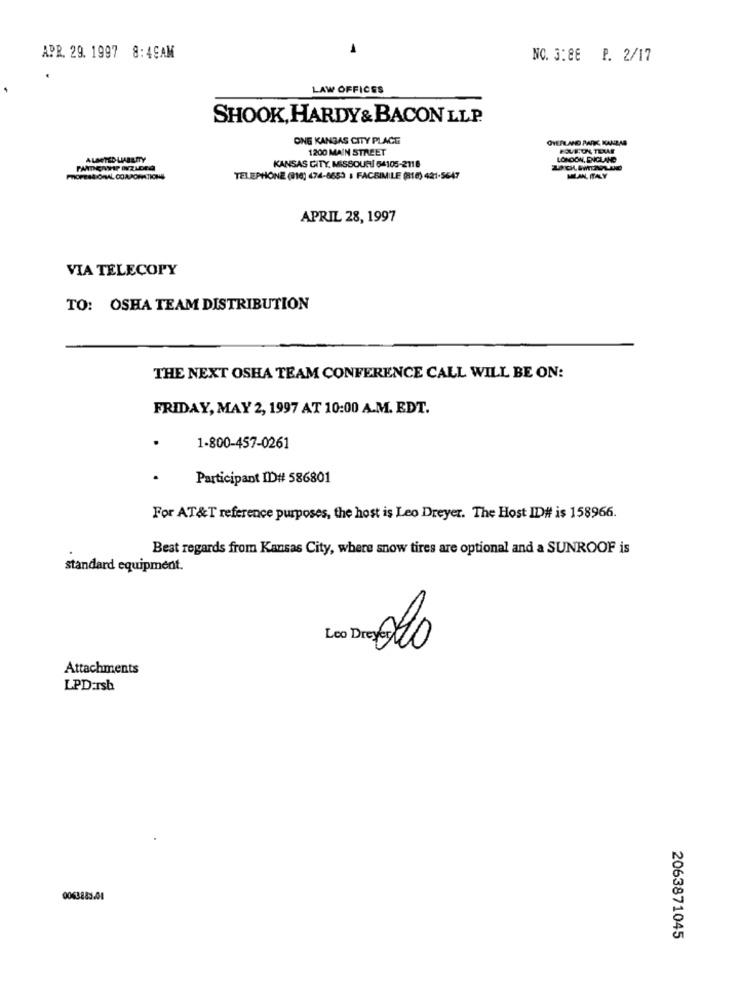
APR. 29. 1997 8:49AM
NO. 3:8E P. 2/17
LAW OFFICES
SHOOK, HARDY& BACON LLP.
ONG KANSAS CITY PLACE
OVERLAND PARKE KANDAS
1200 MAIN STREET
ALMTED LIABILITY
LONDON, ENGLAND
KANSAS CITY, MISSOURI 64105-2118
PROFESSIONAL CORPORATIONS
TELEPHONE (916) 474-8653 : FACSIMILE (818) 421-5647
MILAN, ITALY
APRIL 28, 1997
VIA TELECOPY
TO: OSHA TEAM DISTRIBUTION
THE NEXT OSHA TEAM CONFERENCE CALL WILL BE ON:
FRIDAY, MAY 2, 1997 AT 10:00 A.M. EDT.
.
1-800-457-0261
.
Participant ID# 586801
For AT&T reference purposes, the host is Leo Dreyer. The Host ID# is 158966.
Best regards from Kansas City, where snow tires are optional and a SUNROOF is
standard equipment.
Leo DreyMo
Attachments
LPD:Ish
0063883.01
2063871045